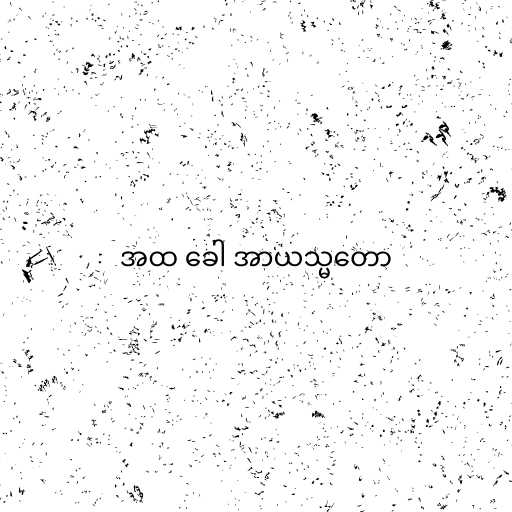
အထ ခေါ အာယသ္မတော